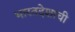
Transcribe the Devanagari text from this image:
भारतदेशाची